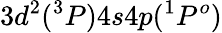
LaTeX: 3d^{2}(^{3}P)4s4p(^{1}P^{o})